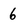
Character: 6